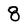
Character: 8